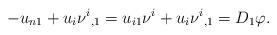
LaTeX: \begin{align*}- u_{n1} + u_i {\nu ^i} _{,1} = u_{i1} \nu ^i + u_i {\nu ^i} _{,1} = D_1 \varphi.\end{align*}